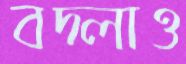
বদ্‌লাও